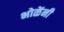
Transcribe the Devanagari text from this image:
भोळेंनी